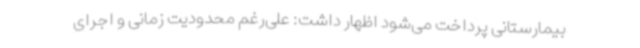
بیمارستانی پرداخت می‌شود اظهار داشت: علی‌رغم محدودیت زمانی و اجرای